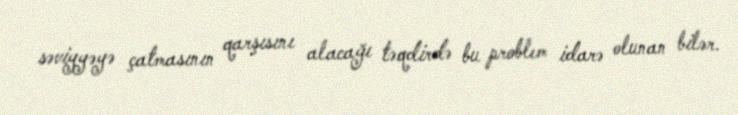
səviyyəyə çatmasının qarşısını alacağı təqdirdə bu problem idarə olunan bilər.